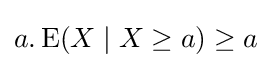
a.\operatorname {E} (X\mid X\geq a)\geq a